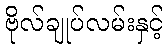
ဗိုလ်ချုပ်လမ်းနှင့်